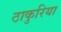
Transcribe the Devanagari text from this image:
ठाकुरिया